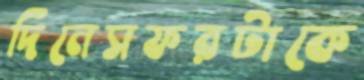
দিনেসফরটাকে